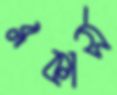
ব্লকার্স